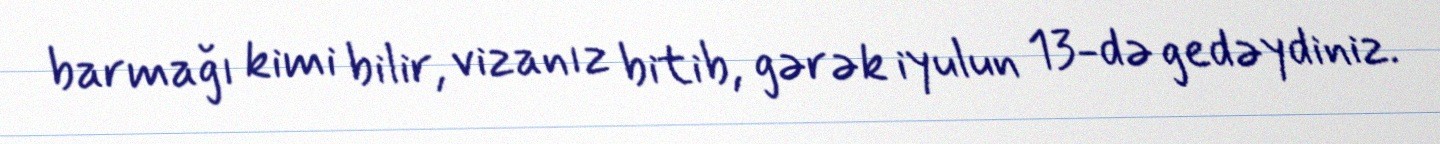
barmağı kimi bilir, vizanız bitib, gərək iyulun 13-də gedəydiniz.